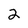
Character: 2